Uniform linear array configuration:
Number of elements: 48
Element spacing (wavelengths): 0.25
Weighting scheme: kaiser
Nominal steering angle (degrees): -30
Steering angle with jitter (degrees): -31.063
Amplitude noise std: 0.05
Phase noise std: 0.05

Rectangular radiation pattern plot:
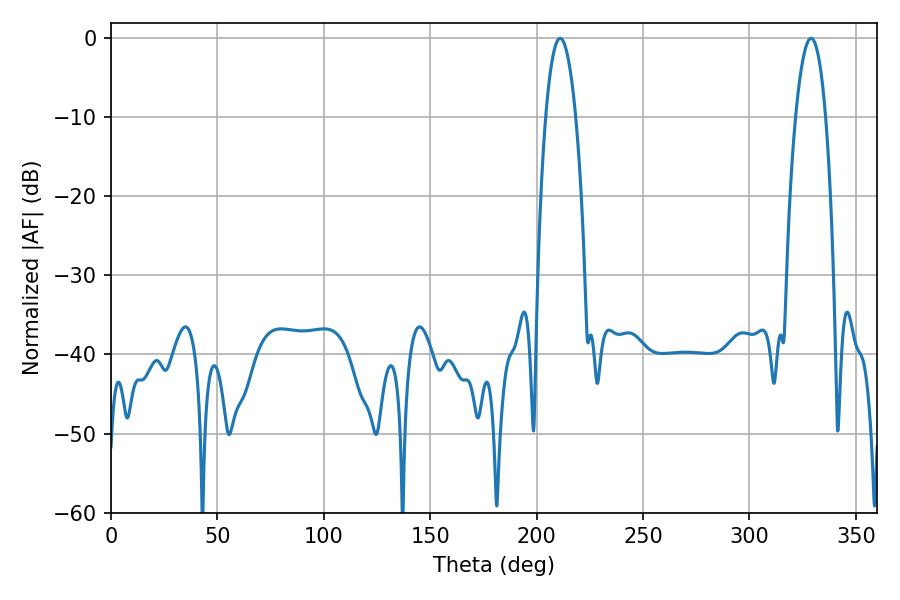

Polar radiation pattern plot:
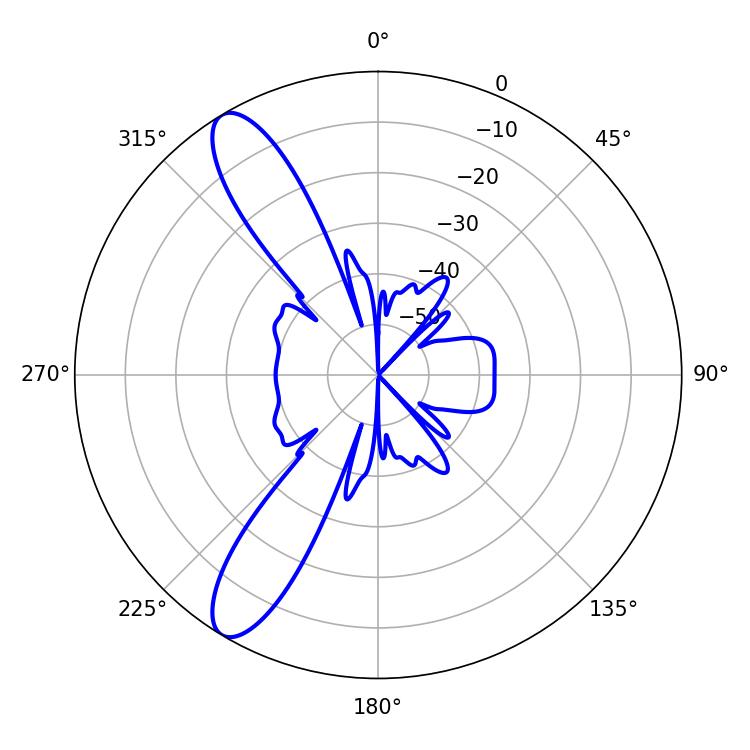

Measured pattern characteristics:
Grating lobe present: FALSE
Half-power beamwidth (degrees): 7.92
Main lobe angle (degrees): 210.96